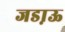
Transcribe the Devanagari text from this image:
जडा़ऊ